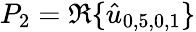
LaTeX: P_{2}=\Re\{ \hat{u}_{0,5,0,1}\}